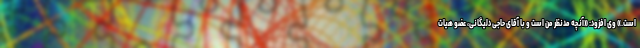
است.» وی افزود: «آنچه مدنظر من است و با آقای حاجی دلیگانی، عضو هیات